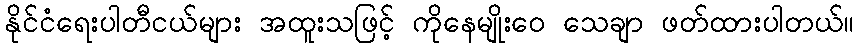
နိုင်ငံရေးပါတီငယ်များ အထူးသဖြင့် ကိုနေမျိုးဝေ သေချာ ဖတ်ထားပါတယ်။